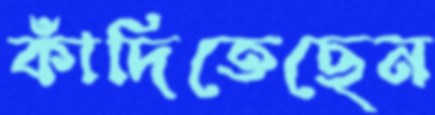
কাঁদিতেছেন